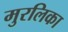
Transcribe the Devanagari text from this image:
मुरलिका